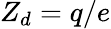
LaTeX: Z_{d}=q/e